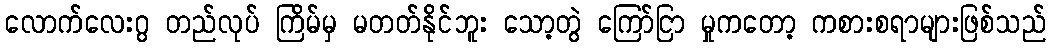
လောက်လေးဂွ တည်လုပ် ကြိမ်မှ မတတ်နိုင်ဘူး သော့တွဲ ကြော်ငြာ မှုကတော့ ကစားစရာများဖြစ်သည်